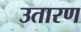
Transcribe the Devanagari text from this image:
उतारण